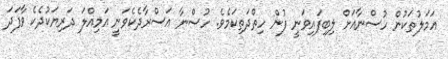
އަމަލުތަކުން ހުސްނާއަށް ލިބިފައިވަނީ ފުން ހިތްދަތިކަމެވެ. ހުސްނާ އަސްރާދެކެވަނީ އަމިއްލަ ދަރިޔަކުދެކެ ވާފަދަ